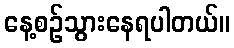
နေ့စဉ်သွားနေရပါတယ်။